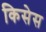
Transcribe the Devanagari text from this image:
किसेस